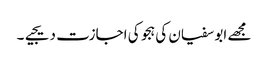
مجھے ابو سفیان کی ہجو کی اجازت دیجیے۔